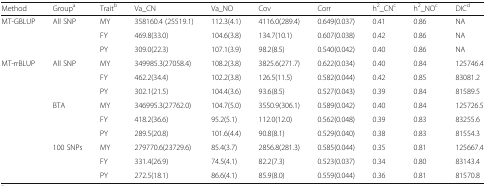
<table><thead><tr><td><b>Method</b></td><td><b>Group<sup>a</sup></b></td><td><b>Trait<sup>b</sup></b></td><td><b>Va_CN</b></td><td><b>Va_NO</b></td><td><b>Cov</b></td><td><b>Corr</b></td><td><b>h<sup>2</sup>_CN<sup>c</sup></b></td><td><b>h<sup>2</sup>_NO<sup>c</sup></b></td><td><b>DIC<sup>d</sup></b></td></tr></thead><tbody><tr><td rowspan="3">MT-GBLUP</td><td rowspan="3">All SNP</td><td>MY</td><td>358160.4 (25519.1)</td><td>112.3(4.1)</td><td>4116.0(289.4)</td><td>0.649(0.037)</td><td>0.41</td><td>0.86</td><td>NA</td></tr><tr><td>FY</td><td>469.8(33.0)</td><td>104.6(3.8)</td><td>134.7(10.1)</td><td>0.607(0.038)</td><td>0.42</td><td>0.86</td><td>NA</td></tr><tr><td>PY</td><td>309.0(22.3)</td><td>107.1(3.9)</td><td>98.2(8.5)</td><td>0.540(0.042)</td><td>0.40</td><td>0.86</td><td>NA</td></tr><tr><td rowspan="9">MT-rrBLUP</td><td rowspan="3">All SNP</td><td>MY</td><td>349985.3(27058.4)</td><td>108.2(3.8)</td><td>3825.6(271.7)</td><td>0.622(0.034)</td><td>0.40</td><td>0.84</td><td>125746.4</td></tr><tr><td>FY</td><td>462.2(34.4)</td><td>102.2(3.8)</td><td>126.5(11.5)</td><td>0.582(0.044)</td><td>0.42</td><td>0.85</td><td>83081.2</td></tr><tr><td>PY</td><td>302.1(21.5)</td><td>104.4(3.6)</td><td>93.6(8.5)</td><td>0.527(0.043)</td><td>0.39</td><td>0.84</td><td>81589.5</td></tr><tr><td rowspan="3">BTA</td><td>MY</td><td>346995.3(27762.0)</td><td>104.7(5.0)</td><td>3550.9(306.1)</td><td>0.589(0.042)</td><td>0.40</td><td>0.84</td><td>125726.5</td></tr><tr><td>FY</td><td>418.2(36.6)</td><td>95.2(5.1)</td><td>112.0(12.0)</td><td>0.562(0.048)</td><td>0.39</td><td>0.83</td><td>83255.6</td></tr><tr><td>PY</td><td>289.5(20.8)</td><td>101.6(4.4)</td><td>90.8(8.1)</td><td>0.529(0.040)</td><td>0.38</td><td>0.83</td><td>81554.3</td></tr><tr><td rowspan="3">100 SNPs</td><td>MY</td><td>279770.6(23729.6)</td><td>85.4(3.7)</td><td>2856.8(281.3)</td><td>0.585(0.044)</td><td>0.35</td><td>0.81</td><td>125667.4</td></tr><tr><td>FY</td><td>331.4(26.9)</td><td>74.5(4.1)</td><td>82.2(7.3)</td><td>0.523(0.037)</td><td>0.34</td><td>0.80</td><td>83143.4</td></tr><tr><td>PY</td><td>272.5(18.1)</td><td>86.6(4.1)</td><td>85.9(8.0)</td><td>0.559(0.044)</td><td>0.36</td><td>0.81</td><td>81570.8</td></tr></tbody></table>